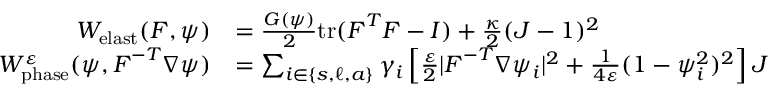
\begin{array} { r l } { W _ { \mathrm { e l a s t } } ( \boldsymbol { F } , \psi ) } & { = \frac { G ( \psi ) } { 2 } \mathrm { t r } ( \boldsymbol { F } ^ { T } \boldsymbol { F } - I ) + \frac { \kappa } { 2 } ( J - 1 ) ^ { 2 } } \\ { W _ { \mathrm { p h a s e } } ^ { \varepsilon } ( \psi , \boldsymbol { F } ^ { - T } \nabla \psi ) } & { = \sum _ { i \in \{ s , \ell , a \} } \gamma _ { i } \left[ \frac { \varepsilon } { 2 } | \boldsymbol { F } ^ { - T } \nabla \psi _ { i } | ^ { 2 } + \frac { 1 } { 4 \varepsilon } ( 1 - \psi _ { i } ^ { 2 } ) ^ { 2 } \right] J } \end{array}